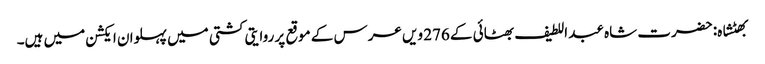
بھٹشاہ: حضرت شاہ عبد اللطیف بھٹائی کے 276 ویں عرس کے موقع پر روایتی کشتی میں پہلوان ایکشن میں ہیں۔